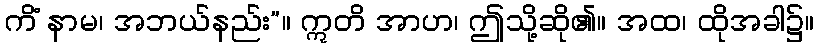
ကိံ နာမ၊ အဘယ်နည်း”။ ဣတိ အာဟ၊ ဤသို့ဆို၏။ အထ၊ ထိုအခါ၌။